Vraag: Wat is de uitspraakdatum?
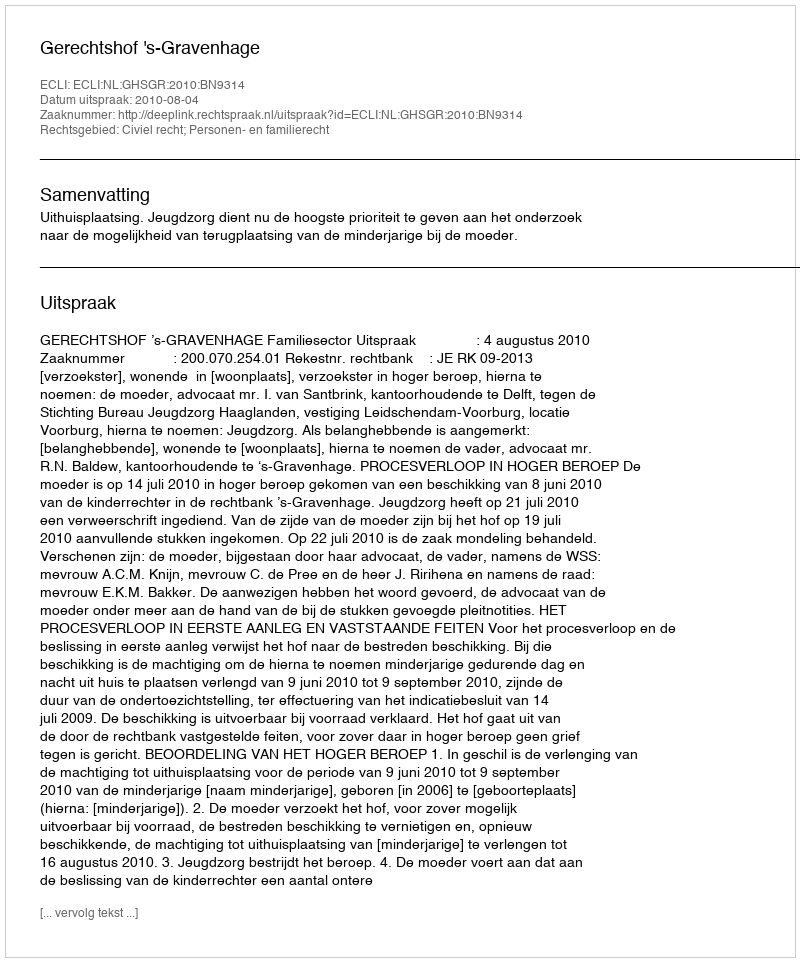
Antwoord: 2010-08-04